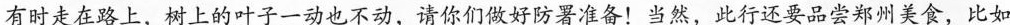
有时走在路上，树上的叶子一动也不动，请你们做好防署准备！当然，此行还要品尝郑州美食，比如